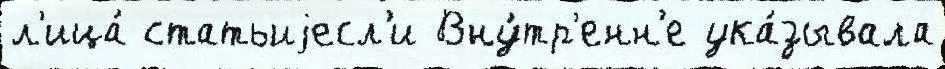
л'ица́ статьиjесл'и Вну́тр'енн'е ука́зывала